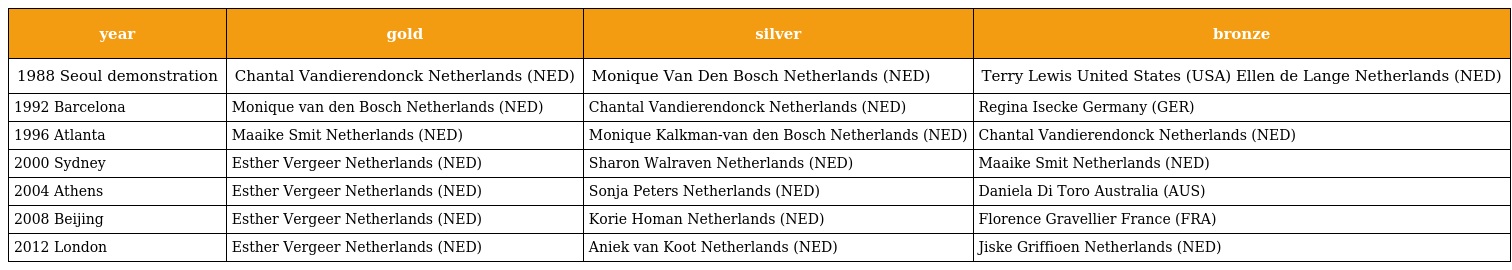
| year | gold | silver | bronze |
 | --- | --- | --- | --- |
 | 1988 Seoul demonstration | Chantal Vandierendonck Netherlands (NED) | Monique Van Den Bosch Netherlands (NED) | Terry Lewis United States (USA) Ellen de Lange Netherlands (NED) |
 | 1992 Barcelona | Monique van den Bosch Netherlands (NED) | Chantal Vandierendonck Netherlands (NED) | Regina Isecke Germany (GER) |
 | 1996 Atlanta | Maaike Smit Netherlands (NED) | Monique Kalkman-van den Bosch Netherlands (NED) | Chantal Vandierendonck Netherlands (NED) |
 | 2000 Sydney | Esther Vergeer Netherlands (NED) | Sharon Walraven Netherlands (NED) | Maaike Smit Netherlands (NED) |
 | 2004 Athens | Esther Vergeer Netherlands (NED) | Sonja Peters Netherlands (NED) | Daniela Di Toro Australia (AUS) |
 | 2008 Beijing | Esther Vergeer Netherlands (NED) | Korie Homan Netherlands (NED) | Florence Gravellier France (FRA) |
 | 2012 London | Esther Vergeer Netherlands (NED) | Aniek van Koot Netherlands (NED) | Jiske Griffioen Netherlands (NED) |